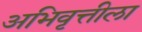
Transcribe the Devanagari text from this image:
अभिवृत्तीला